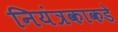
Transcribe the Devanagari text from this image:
नियंत्रकाकडे